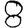
Digit: 8